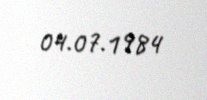
04.07.1984